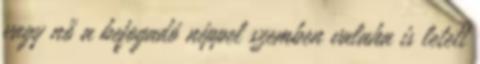
vagy nő a befogadó néppel szemben valaha is letett